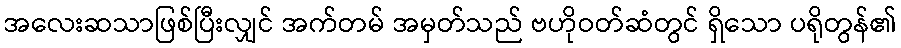
အလေးဆသာဖြစ်ပြီးလျှင် အက်တမ် အမှတ်သည် ဗဟိုဝတ်ဆံတွင် ရှိသော ပရိုတွန်၏